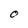
Character: O